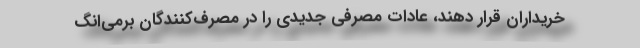
خریداران قرار دهند، عادات مصرفی جدیدی را در مصرف‌کنندگان برمی‌انگ